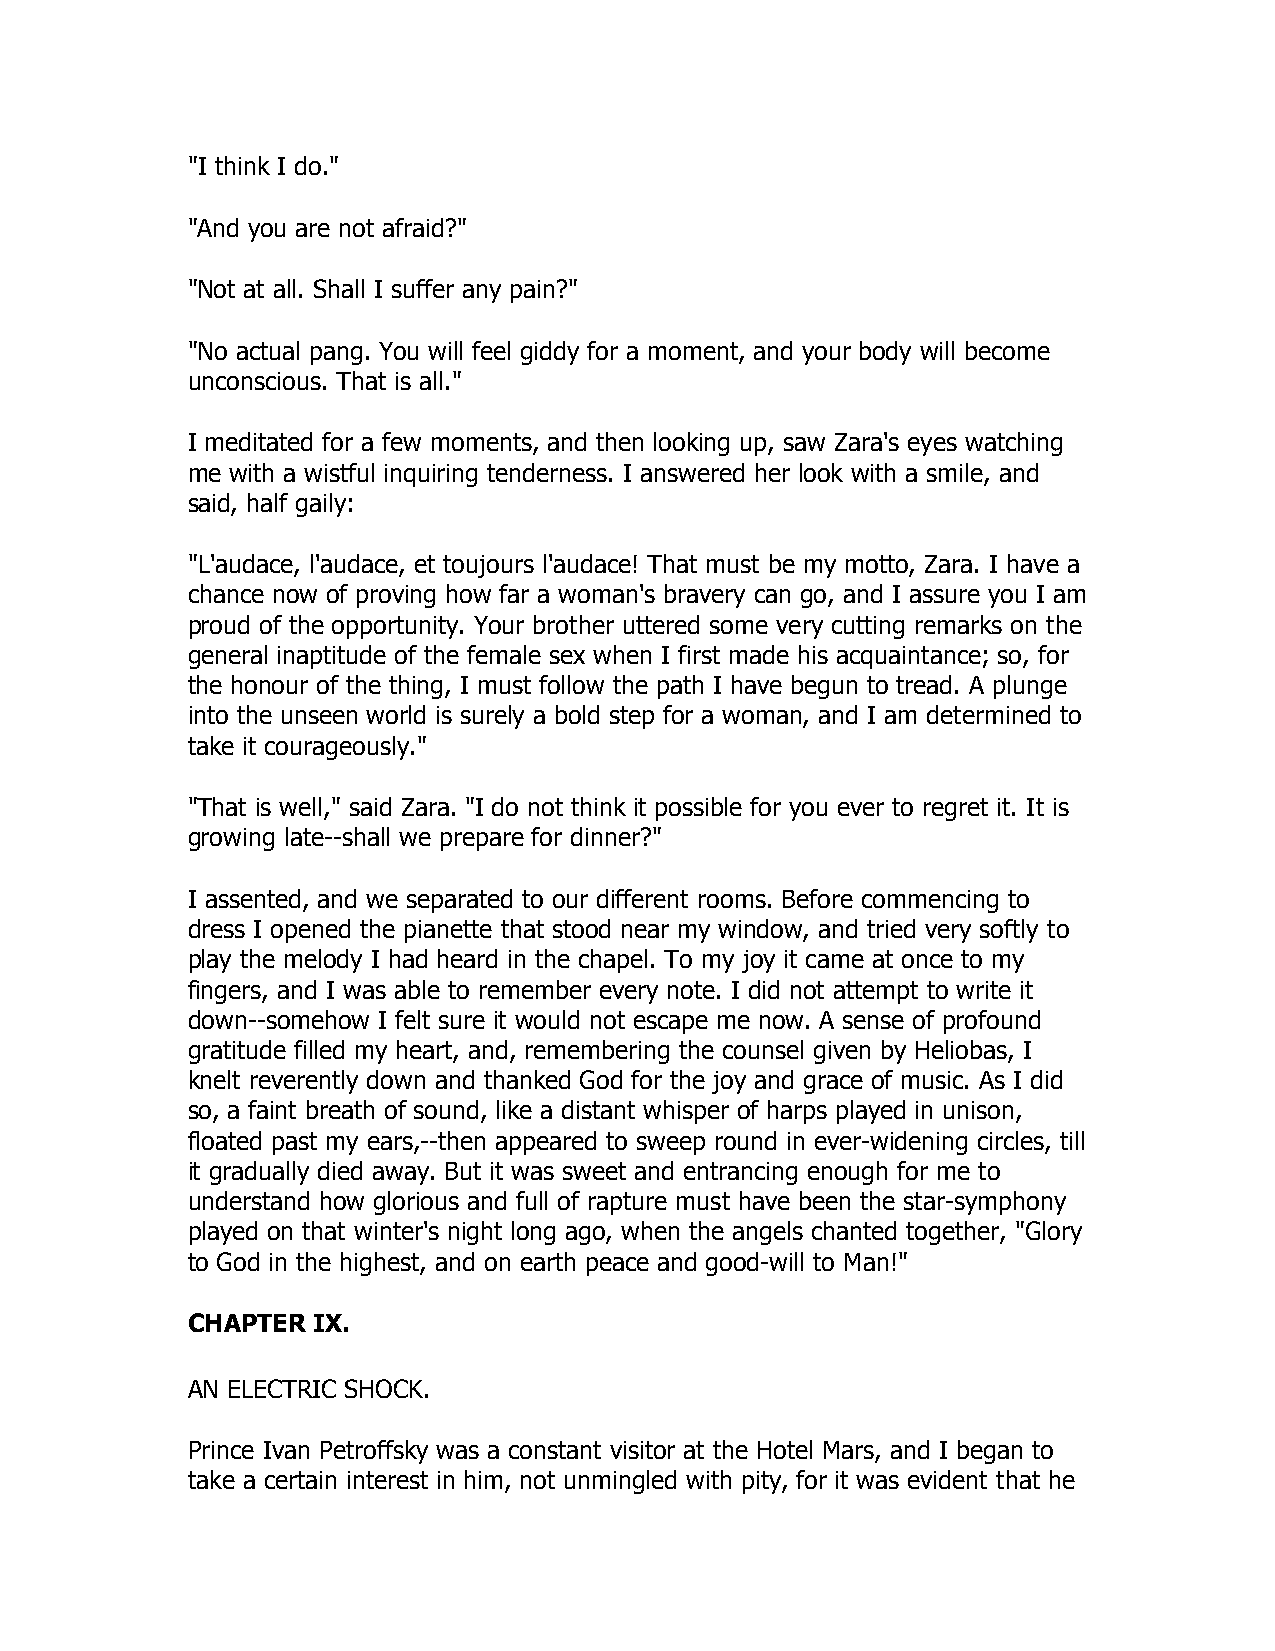
"I think I do."
 "And you are not afraid?"
 "Not at all. Shall I suffer any pain?"
 "No actual pang. You will feel giddy for a moment, and your body will become
 unconscious. That is all."
 I meditated for a few moments, and then looking up, saw Zara's eyes watching
 me with a wistful inquiring tenderness. I answered her look with a smile, and
 said, half gaily:
 "L'audace, l'audace, et toujours l'audace! That must be my motto, Zara. I have a
 chance now of proving how far a woman's bravery can go, and I assure you I am
 proud of the opportunity. Your brother uttered some very cutting remarks on the
 general inaptitude of the female sex when I first made his acquaintance; so, for
 the honour of the thing, I must follow the path I have begun to tread. A plunge
 into the unseen world is surely a bold step for a woman, and I am determined to
 take it courageously."
 "That is well," said Zara. "I do not think it possible for you ever to regret it. It is
 growing late--shall we prepare for dinner?"
 I assented, and we separated to our different rooms. Before commencing to
 dress I opened the pianette that stood near my window, and tried very softly to
 play the melody I had heard in the chapel. To my joy it came at once to my
 fingers, and I was able to remember every note. I did not attempt to write it
 down--somehow I felt sure it would not escape me now. A sense of profound
 gratitude filled my heart, and, remembering the counsel given by Heliobas, I
 knelt reverently down and thanked God for the joy and grace of music. As I did
 so, a faint breath of sound, like a distant whisper of harps played in unison,
 floated past my ears,--then appeared to sweep round in ever-widening circles, till
 it gradually died away. But it was sweet and entrancing enough for me to
 understand how glorious and full of rapture must have been the star-symphony
 played on that winter's night long ago, when the angels chanted together, "Glory
 to God in the highest, and on earth peace and good-will to Man!"
 CHAPTER  IX.
 AN ELECTRIC SHOCK.
 Prince Ivan Petroffsky was a constant visitor at the Hotel Mars, and I began to
 take a certain interest in him, not unmingled with pity, for it was evident that he